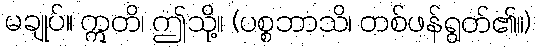
မချုပ်။ ဣတိ၊ ဤသို့။ (ပစ္စဘာသိ၊ တစ်ဖန်ရွတ်၏။)